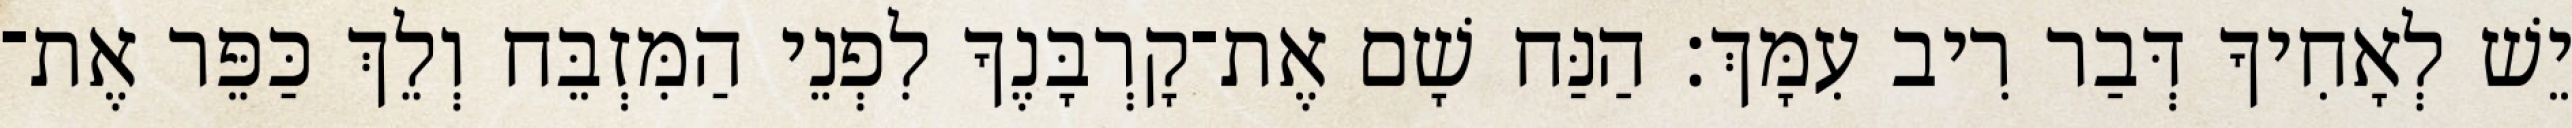
יֵשׁ לְאָחִיךָ דְּבַר רִיב עִמָּךְ׃ הַנַּח שָׁם אֶת־קָרְבָּנֶךָ לִפְנֵי הַמִּזְבֵּח וְלֵךְ כַּפֵּר אֶת־